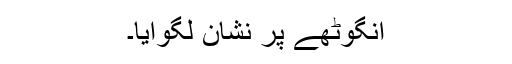
انگوٹھے پر نشان لگوایا۔